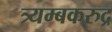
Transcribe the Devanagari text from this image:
त्र्यम्बकरुद्र